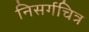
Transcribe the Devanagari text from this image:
निसर्गचित्र